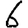
Digit: 6